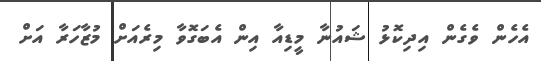
އެހެން ވެގެން އިދިކޮޅު ޝައުނާ މީޑިއާ އިން އެބަގޮވާ މިރެއަށް މުޒާހަރާ އަށް